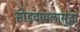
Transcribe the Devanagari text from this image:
सोडवायलासुद्धा